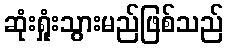
ဆုံးရှုံးသွားမည်ဖြစ်သည်